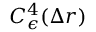
C _ { \epsilon } ^ { 4 } ( \Delta r )